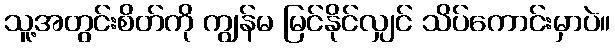
သူ့အတွင်းစိတ်ကို ကျွန်မ မြင်နိုင်လျှင် သိပ်ကောင်းမှာပဲ။